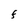
Character: F